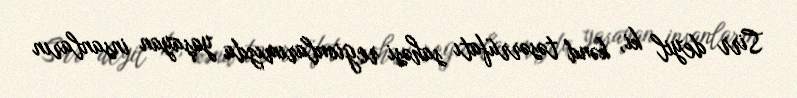
Sirr deyil ki, kənd təsərrüfatı sahəsi regionlarımızda yaşayan insanların